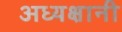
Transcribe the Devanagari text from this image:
अध्यक्षानी